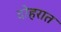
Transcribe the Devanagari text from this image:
दोहरात